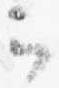
云